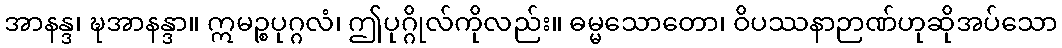
အာနန္ဒ၊ ဍ္ဎအာနန္ဒာ။ ဣမဉ္စပုဂ္ဂလံ၊ ဤပုဂ္ဂိုလ်ကိုလည်း။ ဓမ္မသောတော၊ ဝိပဿနာဉာဏ်ဟုဆိုအပ်သော